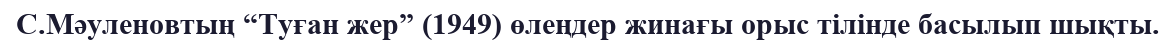
С.Мәуленовтың “Туған жер” (1949) өлеңдер жинағы орыс тілінде басылып шықты.